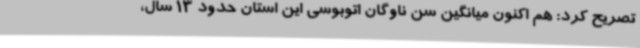
تصریح کرد: هم اکنون میانگین سن ناوگان اتوبوسی این استان حدود 13 سال،